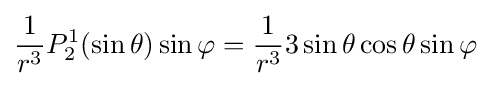
{\frac {1}{r^{3}}}P_{2}^{1}(\sin \theta )\sin \varphi ={\frac {1}{r^{3}}}3\sin \theta \cos \theta \sin \varphi